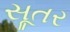
સૂતર